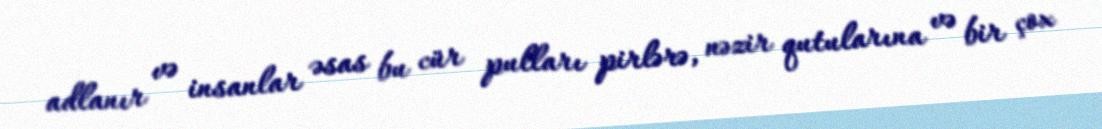
adlanır və insanlar əsas bu cür pulları pirlərə, nəzir qutularına və bir çox